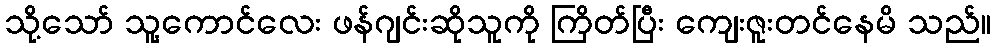
သို့သော် သူ့ကောင်လေး ဖန်ဂျင်းဆိုသူကို ကြိတ်ပြီး ကျေးဇူးတင်နေမိ သည်။